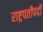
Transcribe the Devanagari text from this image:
राष्ट्रपतीपदी